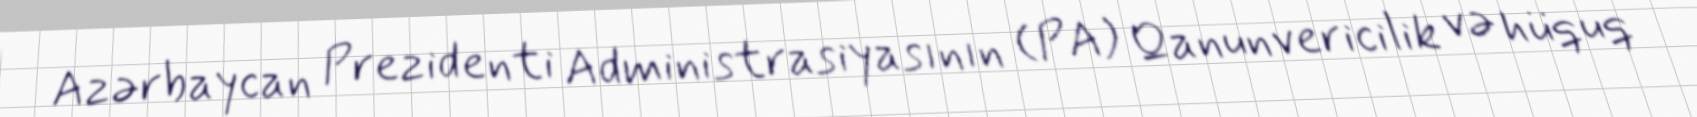
Azərbaycan Prezidenti Administrasiyasının (PA) Qanunvericilik və hüquq